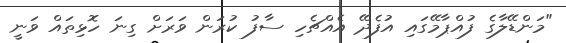
"މަންޑޭލާގެ ފުއްޕާމޭގައި އުފެދޭ އެއްޗެހި ސާފު ކުރަން ވަރަށް ގިނަ ހޮޅިތައް ވަނީ